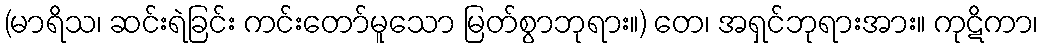
(မာရိသ၊ ဆင်းရဲခြင်း ကင်းတော်မူသော မြတ်စွာဘုရား။) တေ၊ အရှင်ဘုရားအား။ ကုဋိကာ၊